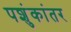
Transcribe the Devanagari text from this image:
पशुंकांतर